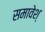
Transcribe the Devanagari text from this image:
समावेश्